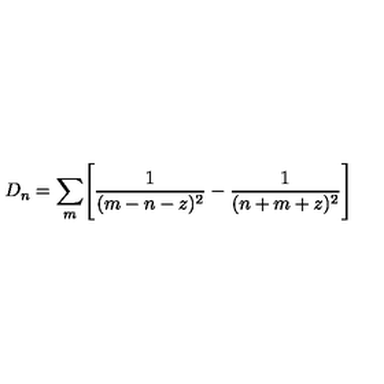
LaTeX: D _ { n } = \sum _ { m } \Biggl [ { \frac { 1 } { ( m - n - z ) ^ { 2 } } } - { \frac { 1 } { ( n + m + z ) ^ { 2 } } } \Biggr ]